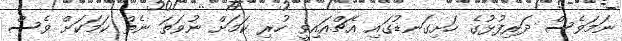
ނަމަވެސް ދަރިފުޅުގެ ހަށިގަނޑުގައި އެޗްއައިވީ ހުރި ކަމަށް ނުވަތަ ނެތް ކަމަކަށް ވެސް